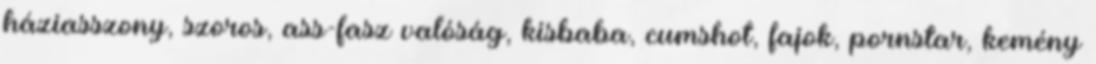
háziasszony, szoros, ass-fasz valóság, kisbaba, cumshot, fajok, pornstar, kemény